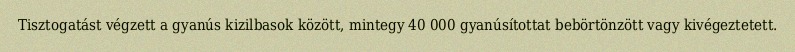
Tisztogatást végzett a gyanús kizilbasok között, mintegy 40 000 gyanúsítottat bebörtönzött vagy kivégeztetett.